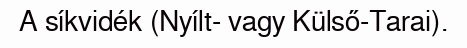
A síkvidék (Nyílt- vagy Külső-Tarai).